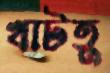
খাটতু